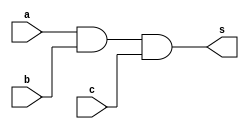
// Nome: Felipe Torres

module andgate(output s, input a, input b, input c);
 assign s = (a & b) & c;
endmodule

module teste;
 reg x,y,w;
 wire z;
 
 andgate AND1 (z,x,y,w);
 
 initial begin
  x=0; y=0; w=0;
  $display("Teste\nx y w z");
  $monitor("%b %b %b %b",x,y,w,z);
  
  #1 x=0; y=0; w=1;
  #1 x=0; y=1; w=0;
  #1 x=0; y=1; w=1;
  #1 x=1; y=0; w=0;
  #1 x=1; y=0; w=1;
  #1 x=1; y=1; w=0;
  #1 x=1; y=1; w=1;
 end
 
endmodule